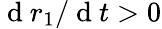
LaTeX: \mathrm{~d~}r_{1}/\mathrm{~d~}t>0